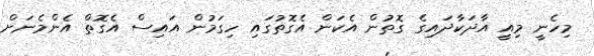
މިހެނީ މިއީ އާދަކާދައިގެ ގޮތުން އެކަން އެގޮތުގައި ހިގަމުން އައިސް އެގޮތް އެންމެނަށް